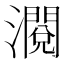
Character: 𱩶